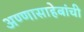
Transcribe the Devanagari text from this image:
अण्णासाहेबांची